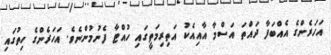
އަހަރެންގެ އެއްބަފާ ދައްތަ އަސްމާ އާއިއެކު އަތިރިމަތީގައި ހުއްޓާ ފެނުމުންނެވެ. އަހަރެންގެ ހިތުގައި